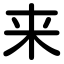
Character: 来